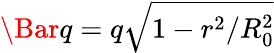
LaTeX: \Bar{q}=q\sqrt{1-r^{2}/R_{0}^{2}}